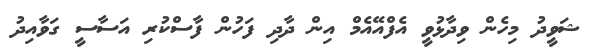
ޝަވީދު މިހެން ވިދާޅުވީ އެފްއޭއެމް އިން ދާދި ފަހުން ފާސްކުރި އަސާސީ ގަވާއިދު